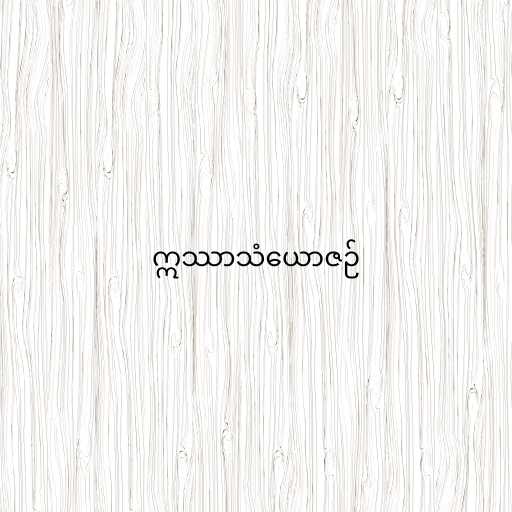
ဣဿာသံယောဇဉ်